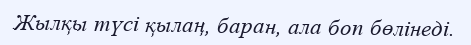
Жылқы түсі қылаң, баран, ала боп бөлінеді.